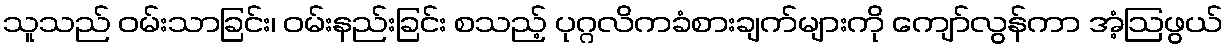
သူသည် ဝမ်းသာခြင်း၊ ဝမ်းနည်းခြင်း စသည့် ပုဂ္ဂလိကခံစားချက်များကို ကျော်လွန်ကာ အံ့ဩဖွယ်